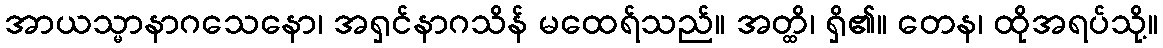
အာယသ္မာနာဂသေနော၊ အရှင်နာဂသိန် မထေရ်သည်။ အတ္ထိ၊ ရှိ၏။ တေန၊ ထိုအရပ်သို့။